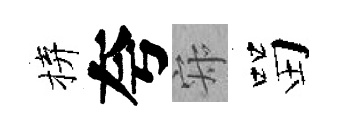
拚夸寂㽞